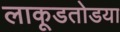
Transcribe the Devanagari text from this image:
लाकूडतोडया